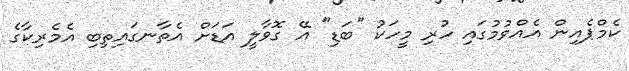
ކެމްޕެއިން އެއްވުމުގައި ހުރި މީހަކު "ބަޑި" އޭ ގޮވާލީ އަޑަށް އެތާނގައިތިބި އެމެރިކާގެ